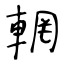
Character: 輞